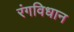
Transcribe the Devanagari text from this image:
रंगविधान